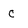
Character: c